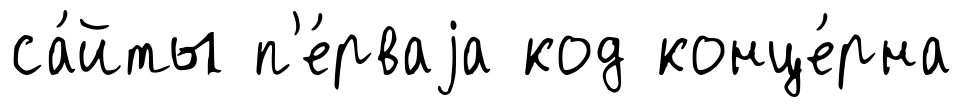
са́йты п'е́рваjа код конце́рна